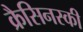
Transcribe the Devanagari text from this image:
क्रैसिनस्की